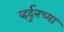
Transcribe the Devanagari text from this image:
व्हर्दुनच्या